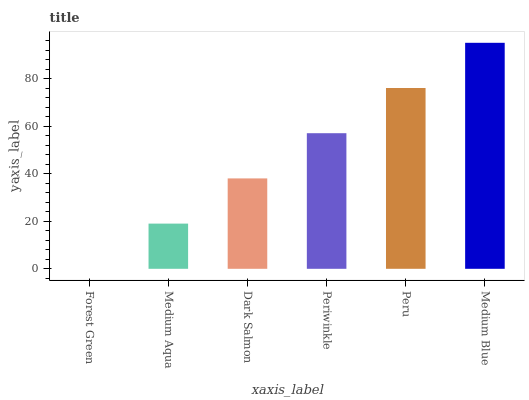
| xaxis_label | bars |
 | --- | --- |
 | Forest Green | 0 |
 | Medium Aqua | 19 |
 | Dark Salmon | 38.1 |
 | Periwinkle | 57.1 |
 | Peru | 76.1 |
 | Medium Blue | 95.2 |